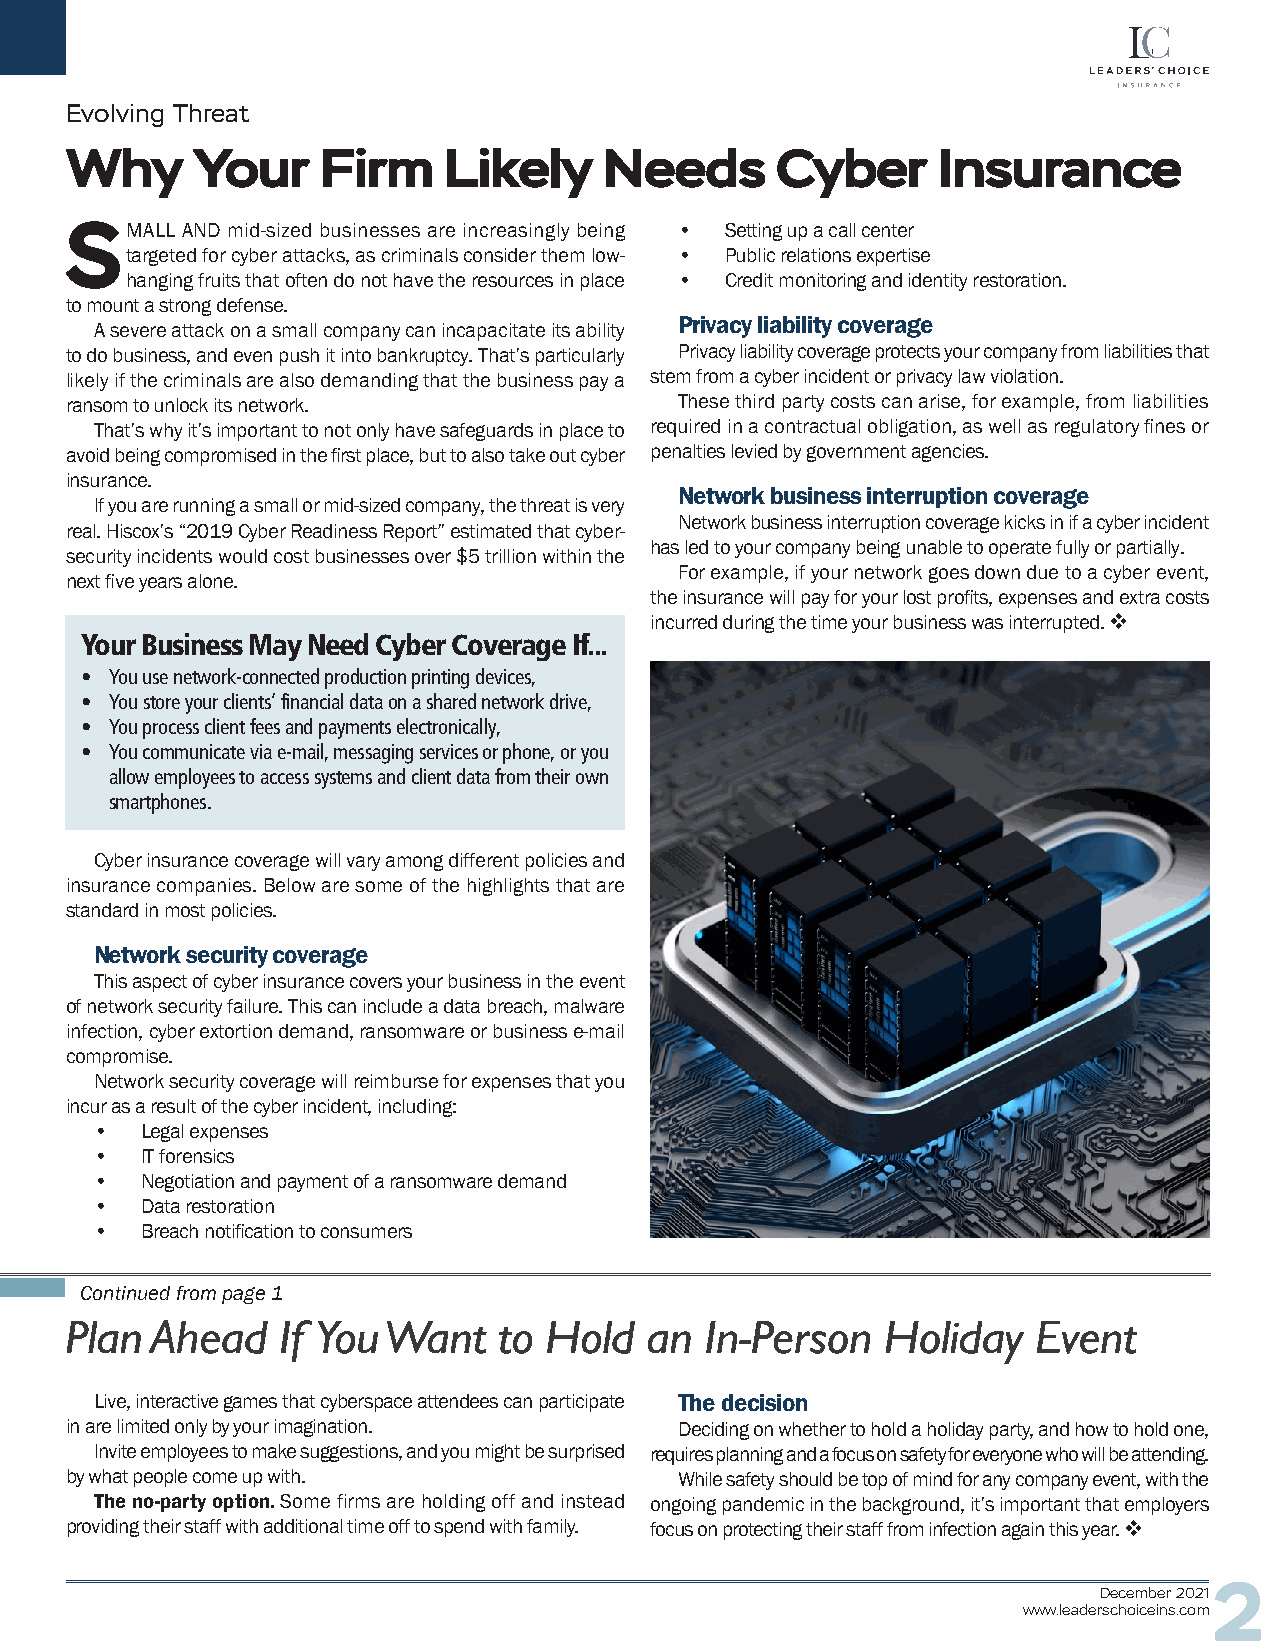
Evolving Threat
 Why      Your    Firm    Likely     Needs      Cyber      Insurance
 SMALL   AND mid-sized businesses are increasingly being • Setting up a call center
 targeted for cyber attacks, as criminals consider them low- • Public relations expertise
 hanging fruits that often do not have the resources in place • Credit monitoring and identity restoration.
 to mount a strong defense.
 Privacy liability coverage
 A severe attack on a small company can incapacitate its ability
 to do business, and even push it into bankruptcy. That’s particularly Privacy liability coverage protects your company from liabilities that
 likely if the criminals are also demanding that the business pay a stem from a cyber incident or privacy law violation.
 ransom to unlock its network.            These third party costs can arise, for example, from liabilities
 That’s why it’s important to not only have safeguards in place to required in a contractual obligation, as well as regulatory fines or
 avoid being compromised in the first place, but to also take out cyber penalties levied by government agencies.
 insurance.
 Network business interruption coverage
 If you are running a small or mid-sized company, the threat is very
 Network business interruption coverage kicks in if a cyber incident
 real. Hiscox’s “2019 Cyber Readiness Report” estimated that cyber-
 has led to your company being unable to operate fully or partially.
 security incidents would cost businesses over $5 trillion within the
 For example, if your network goes down due to a cyber event,
 next five years alone.
 the insurance will pay for your lost profits, expenses and extra costs
 incurred during the time your business was interrupted. v
 Your Business May Need Cyber Coverage If...
 • You use network-connected production printing devices,
 • You store your clients’ financial data on a shared network drive,
 • You process client fees and payments electronically,
 • You communicate via e-mail, messaging services or phone, or you
 allow employees to access systems and client data from their own
 smartphones.
 Cyber insurance coverage will vary among different policies and
 insurance companies. Below are some of the highlights that are
 standard in most policies.
 Network security coverage
 This aspect of cyber insurance covers your business in the event
 of network security failure. This can include a data breach, malware
 infection, cyber extortion demand, ransomware or business e-mail
 compromise.
 Network security coverage will reimburse for expenses that you
 incur as a result of the cyber incident, including:
 •  Legal expenses
 •  IT forensics
 •  Negotiation and payment of a ransomware demand
 •  Data restoration
 •  Breach notification to consumers
 Continued from page 1
 Plan  Ahead   If You Want    to Hold   an  In-Person   Holiday  Event
 Live, interactive games that cyberspace attendees can participate The decision
 in are limited only by your imagination. Deciding on whether to hold a holiday party, and how to hold one,
 Invite employees to make suggestions, and you might be surprised requires planning and a focus on safety for everyone who will be attending.
 by what people come up with.             While safety should be top of mind for any company event, with the
 The no-party option. Some firms are holding off and instead ongoing pandemic in the background, it’s important that employers
 providing their staff with additional time off to spend with family. focus on protecting their staff from infection again this year. v
 December 20212
 www.leaderschoiceins.com